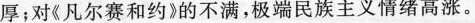
厚；对《凡尔赛和约》的不满，极端民族主义情绪高涨。